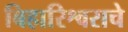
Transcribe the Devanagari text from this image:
बिहारिश्वराचे